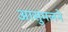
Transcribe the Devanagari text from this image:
आसुमलने